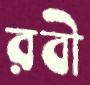
রবী